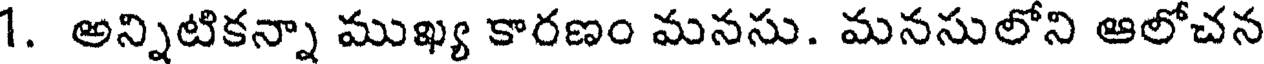
1. అన్నిటికన్నా ముఖ్య కారణం మనసు. మనసులోని ఆలోచన